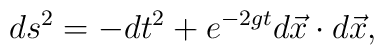
ds^2=-dt^2+e^{-2gt}d\vec x\cdot d\vec x,